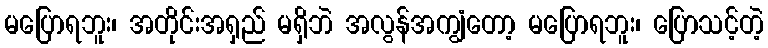
မပြောရဘူး၊ အတိုင်းအရှည် မရှိဘဲ အလွန်အကျွံတော့ မပြောရဘူး၊ ပြောသင့်တဲ့